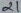
Text: 21